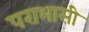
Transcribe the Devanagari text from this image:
पराभासी